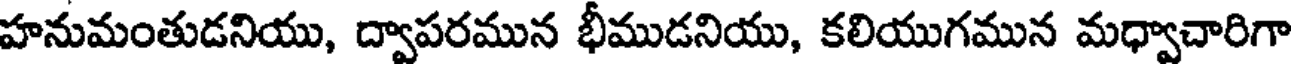
హనుమంతుడనియు, ద్వాపరమున భీముడనియు, కలియుగమున మధ్వాచారిగా